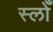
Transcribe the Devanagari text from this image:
स्लोँ